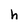
Character: h